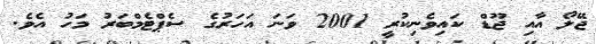
ޖޭލޯ އާއި ޖޫޑް ކައިވެނިކުރީ 2001 ވަނަ އަހަރުގެ ސެޕްޓެމްބަރު މަހު އެވެ.